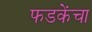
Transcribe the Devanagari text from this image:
फडकेंचा